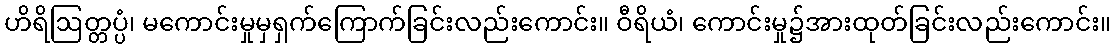
ဟိရိဩတ္တပ္ပံ၊ မကောင်းမှုမှရှက်ကြောက်ခြင်းလည်းကောင်း။ ဝီရိယံ၊ ကောင်းမှု၌အားထုတ်ခြင်းလည်းကောင်း။